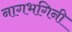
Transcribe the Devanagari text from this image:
नागभगिनी